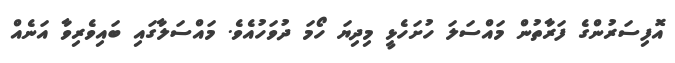
އޮފިސަރުންގެ ފަރާތުން މައްސަލަ ހުށަހެޅީ މިދިޔަ ހޯމަ ދުވަހުއެވެ. މައްސަލާގައި ބައިވެރިވާ އަނެއް